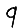
Digit: 9